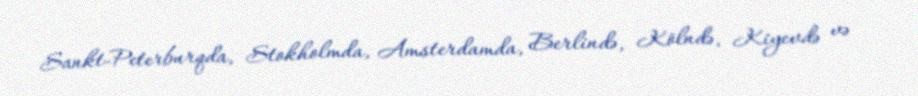
Sankt-Peterburqda, Stokholmda, Amsterdamda, Berlində, Kölndə, Kiyevdə və